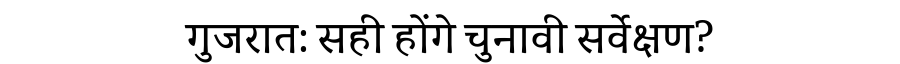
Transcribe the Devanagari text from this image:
गुजरात: सही होंगे चुनावी सर्वेक्षण?